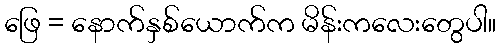
ဖြေ = နောက်နှစ်ယောက်က မိန်းကလေးတွေပါ။